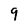
Character: 9